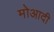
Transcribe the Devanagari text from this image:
मोआदी